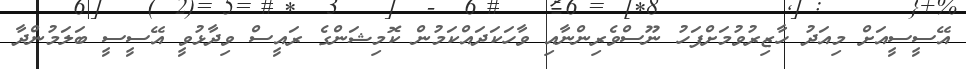
އޭސީސީއަށް މިއަދު ހާޒިރުވުމަށްފަހު ނޫސްވެރިންނާއި ވާހަކަދައްކަމުން ކޮމިޝަންގެ ރައީސް ވިދާޅުވީ އޭސީސީ ބަލަމުންދާ